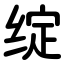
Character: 绽